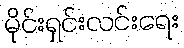
မိုင်းရှင်းလင်းရေး